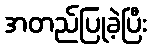
အတည်ပြုခဲ့ပြီး